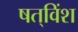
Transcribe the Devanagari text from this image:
षत्‌विंश